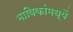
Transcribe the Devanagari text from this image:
भाविकांमध्यें